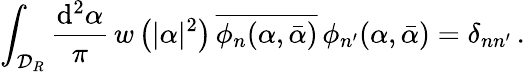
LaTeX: \int_{\mathcal{D}_{R}}\frac{\mathrm{d}^{2}\alpha}{\pi}\, w\left(\vert\alpha\vert^{2}\right)\, \overline{{\phi_{n}(\alpha,\bar{\alpha})}}\, \phi_{n^{\prime}}(\alpha,\bar{\alpha})=\delta_{nn^{\prime}}\, .